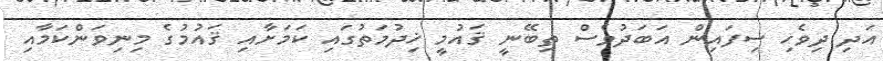
އަދި ދިވެހި ސިފައިން އަބަދުވެސް ތިބޭނީ ޤައުމީ ޚިދުމަތުގައި ކަމަށާއި ޤައުމުގެ މިނިވަންކަމާއި